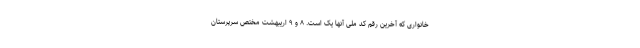
خانواری که آخرین رقم کد ملی آنها یک است. ۸ و ۹ اریبهشت مختص سرپرستان